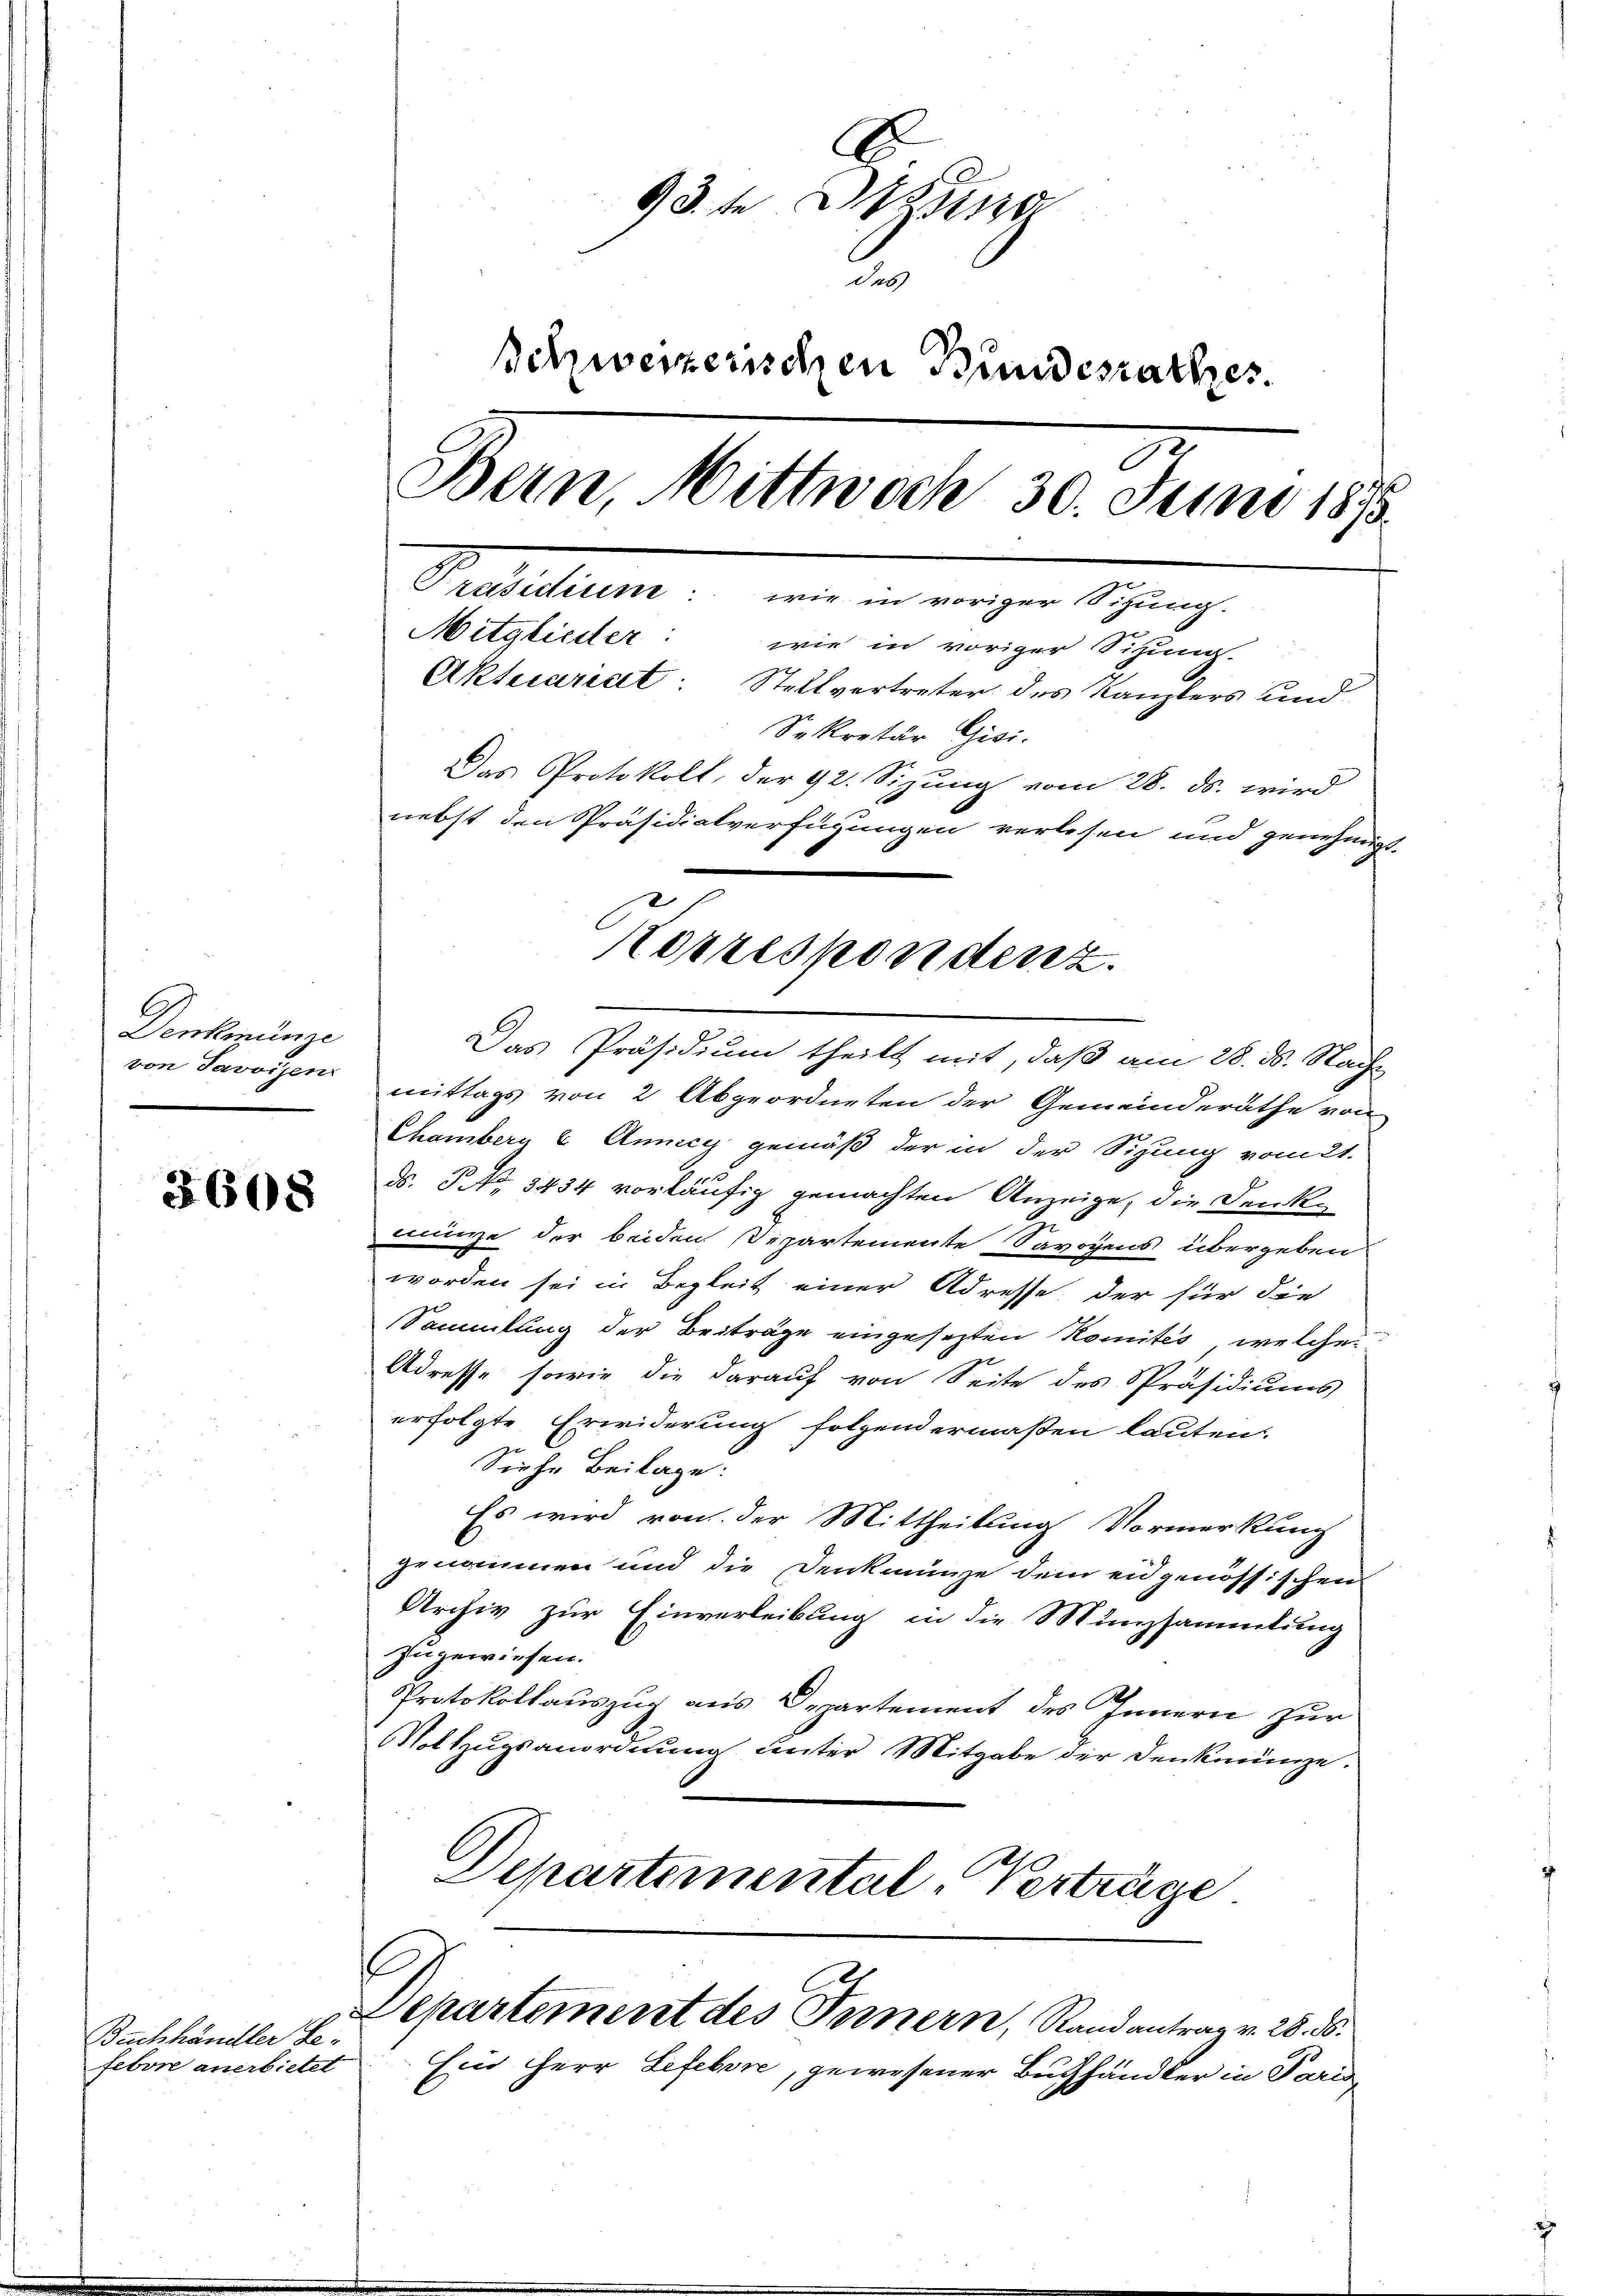
Denkmünze
von Savoisen

3608

Buchhändler Lefebvre anerbietet

93te un
2
schweizerischen Bundesrathes.
Bern, Mittwoch 30. Juni 1895.
Präsidiune: wie in voriger Sitzung.
Mitglieder: wie in voriger Sitzung.
Aktuariat: Stellvertreter des Kanzlers und
Sekretär Gisi-
Das Protokoll, der 92. Sizung vom 28. ds. wird
nebst den Präsidialverfügungen verlesen und genehmigt.

Das Präsidium theilt mit, daß am 28. ds. Nachmittags von 2 Abgeordneten der Gemeinderäthe von
Chamberg u Anney gemäß der in der Sizung vom 21.
ds. S NNo. 3434 vorläufig gemachten Anzeige, die Denk-
münze der beiden Departemente Savoyens übergeben
worden sei in Begleit einer Adresse der für die
Sammlung der Beiträge eingesetzten Komités, welche
Adresse, sowie die darauf von Seite des Präsidiums
erfolgte Erwiderung folgendermaßen lauten.
Siehe Beilage.
Es wird von der Mittheilung Vormerkung
genommen und die Denkmünze dem eidgenössischen
Archiv zur Einverleibung in die Münzsammlung
zugewiesen.
Protokollauszug aus Departement des Innern zur
Vollzugsanordnung unter Mitgabe der Denkmünze.
Departemental-Verträge

Korrespondenz.

.
Departement des Innern, Rand antrag v. 28. 56.

Ein Herr Lefebore, gewesener Buchhändler in Paris